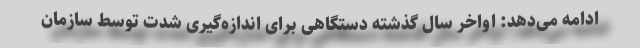
ادامه می‌دهد: اواخر سال گذشته دستگاهی برای اندازه‌گیری شدت توسط سازمان